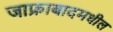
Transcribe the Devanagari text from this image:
जाफ्राबादमधील